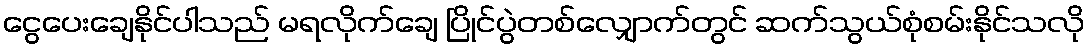
ငွေပေးချေနိုင်ပါသည် မရလိုက်ချေ ပြိုင်ပွဲတစ်လျှောက်တွင် ဆက်သွယ်စုံစမ်းနိုင်သလို